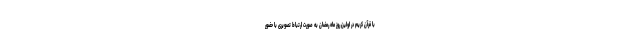
با قرآن کریم در اولین روز ماه رمضان به صورت ارتباط تصویری با حضور